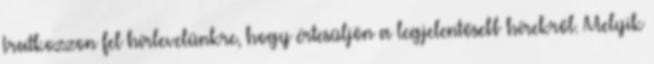
Iratkozzon fel hírlevelünkre, hogy értesüljön a legjelentősebb hírekről. Melyik